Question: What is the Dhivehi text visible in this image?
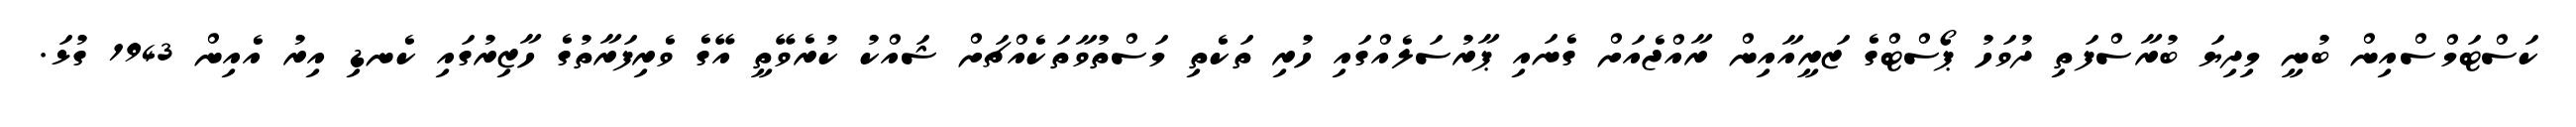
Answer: ކަސްޓަމްސްއިން ބުނީ މިދިޔަ ބުރާސްފަތި ދުވަހު ޕޯސްޓްގެ ޒަރީއާއިން ރާއްޖެއަށް ގެނައި ޕާރުސަލެއްގައި ހުރި ތަކެތި މަސްތުވާތަކެއްޗަށް ޝައްކު ކުރެވޭތީ އޭގެ ވެރިފަރާތުގެ ހާޒިރުގައި ކެނޑި އިރު އެއިން 1943 ގުޅަ.